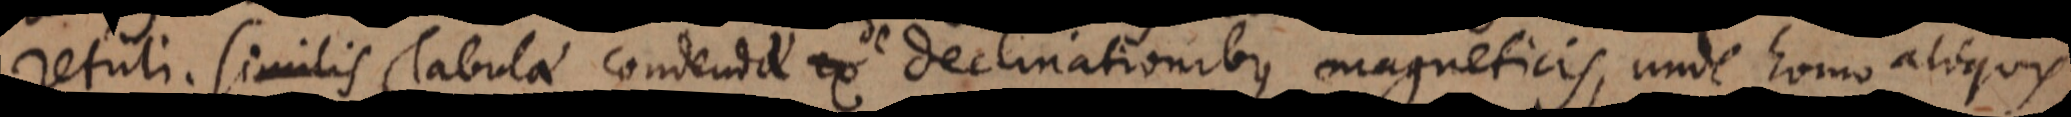
ex Tabulae condendae de declinationibus magneticis, unde homo aliquis